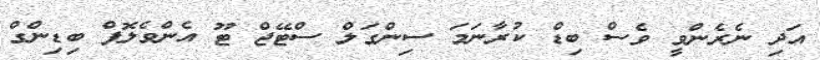
އަދި ނެރެންވީ ވެސް ބިޑް ކުރާނަމަ ސިންގަލް ސްޓޭޖް ޓޫ އެންވެލޮޕް ބިޑިންގް